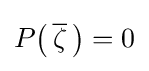
P{\big (}\,{\overline {\zeta }}\,{\big )}=0